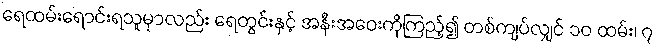
ရေထမ်းရောင်းရသူမှာလည်း ရေတွင်းနှင့် အနီးအဝေးကိုကြည့်၍ တစ်ကျပ်လျှင် ၁၀ ထမ်း၊ ၇